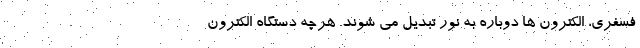
فسفری، الکترون ها دوباره به نور تبدیل می شوند. هرچه دستگاه الکترون